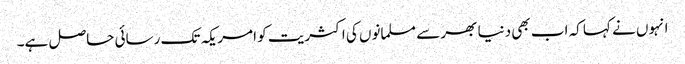
انہوں نے کہا کہ اب بھی دنیا بھر سے مسلمانوں کی اکثریت کو امریکہ تک رسائی حاصل ہے۔